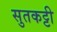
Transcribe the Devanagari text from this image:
सुतकट्टी